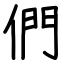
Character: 們